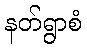
နတ်ရွာစံ